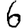
Digit: 6